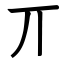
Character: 丌